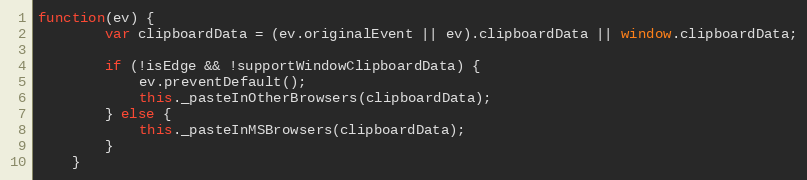
Language: JavaScript
function(ev) {
        var clipboardData = (ev.originalEvent || ev).clipboardData || window.clipboardData;

        if (!isEdge && !supportWindowClipboardData) {
            ev.preventDefault();
            this._pasteInOtherBrowsers(clipboardData);
        } else {
            this._pasteInMSBrowsers(clipboardData);
        }
    }